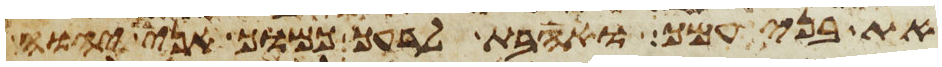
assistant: את בני עמך ואהבת לרעך כמוך אני יהוה